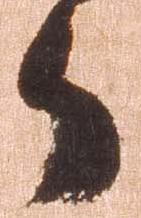
郎